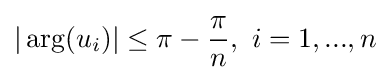
|\arg(u_{i})|\leq \pi -{\frac {\pi }{n}},\ i=1,...,n